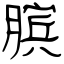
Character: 膑